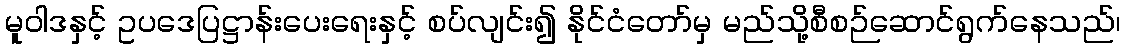
မူဝါဒနှင့် ဥပဒေပြဋ္ဌာန်းပေးရေးနှင့် စပ်လျင်း၍ နိုင်ငံတော်မှ မည်သို့စီစဉ်ဆောင်ရွက်နေသည်၊